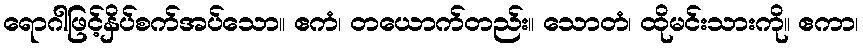
ရောဂါဖြင့်နှိပ်စက်အပ်သော။ ဧကံ၊ တယောက်တည်း။ သောတံ၊ ထိုမင်းသားကို။ ဧကာ၊